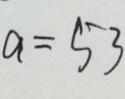
a = 5 3